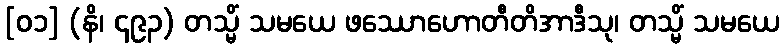
[၀၁] (နိ၊ ၄၉၃) တသ္မိံ သမယေ ဖဿောဟောတီတိအာဒီသု၊ တသ္မိံ သမယေ